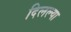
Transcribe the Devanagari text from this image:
दिलल्या